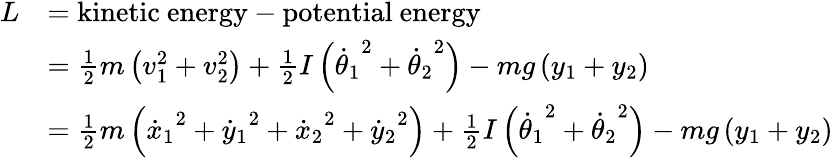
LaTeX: {\begin{array}{rl}{L}&{={\mathrm{kinetic~energy}}-{\mathrm{potential~energy}}}\\ &{={\frac{1}{2}}m\left(v_{1}^{2}+v_{2}^{2}\right)+{\frac{1}{2}}I\left({{\dot{\theta}}_{1}}^{2}+{{\dot{\theta}}_{2}}^{2}\right)-mg\left(y_{1}+y_{2}\right)}\\ &{={\frac{1}{2}}m\left({{\dot{x}}_{1}}^{2}+{{\dot{y}}_{1}}^{2}+{{\dot{x}}_{2}}^{2}+{{\dot{y}}_{2}}^{2}\right)+{\frac{1}{2}}I\left({{\dot{\theta}}_{1}}^{2}+{{\dot{\theta}}_{2}}^{2}\right)-mg\left(y_{1}+y_{2}\right)}\end{array}}